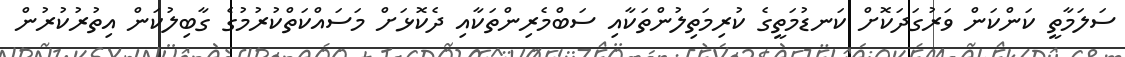
ސަލަމާތީ ކަންކަން ވަރުގަދަކޮށް ކަނޑުމަތީގެ ކުރިމަތިލުންތަކާއި ސަބްމެރިންތަކާއި ދެކޮޅަށް މަސައްކަތްކުރުމުގެ ގާބިލުކަން އިތުރުކުރުން